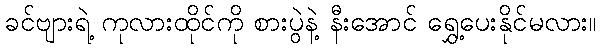
ခင်ဗျားရဲ့ ကုလားထိုင်ကို စားပွဲနဲ့ နီးအောင် ရွှေ့ပေးနိုင်မလား။